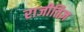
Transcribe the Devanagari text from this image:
राजीतिज्ञ